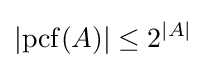
\left|\operatorname {pcf} (A)\right|\leq 2^{|A|}